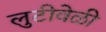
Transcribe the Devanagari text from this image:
लुटीवेळी